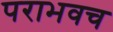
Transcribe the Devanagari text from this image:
पराभवच